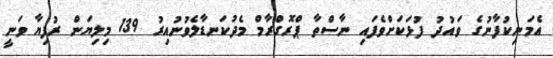
އެމަނިކުފާނުގެ ވައުދު ފުޅަކަށްވެފައި ނާސްތާ ޕްރޮގްރާމް މެދުކަނޑާލެވުނުއިރު 139 މިލިޔަން ރުފިޔާ ވަނީ